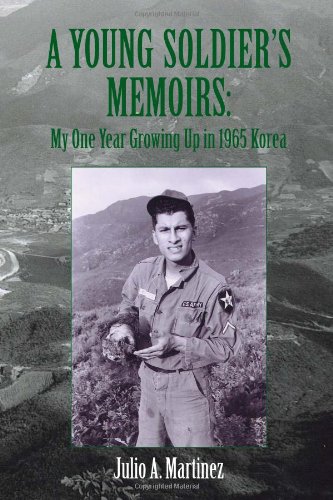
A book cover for A Young Soldier's Memoirs: My One Year Growing Up in 1965 Korea; Julio A. Martinez; Travel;